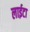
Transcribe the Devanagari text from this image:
लाईटा